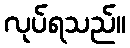
လုပ်ရသည်။